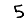
Digit: 5